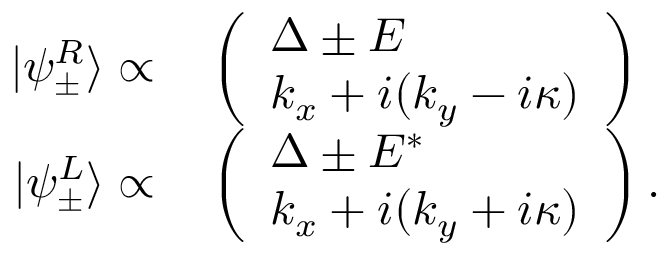
\begin{array} { r l } { | \psi _ { \pm } ^ { R } \rangle \propto } & { { } \left( \begin{array} { l } { \Delta \pm E } \\ { k _ { x } + i ( k _ { y } - i \kappa ) } \end{array} \right) } \\ { | \psi _ { \pm } ^ { L } \rangle \propto } & { { } \left( \begin{array} { l } { \Delta \pm E ^ { * } } \\ { k _ { x } + i ( k _ { y } + i \kappa ) } \end{array} \right) . } \end{array}